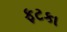
ફટકા